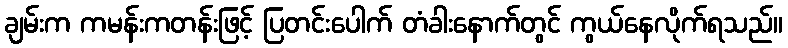
ချမ်းက ကမန်းကတန်းဖြင့် ပြတင်းပေါက် တံခါးနောက်တွင် ကွယ်နေလိုက်ရသည်။